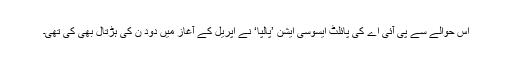
اس حوالے سے پی آئی اے کی پائلٹ ایسوسی ایشن ’پالپا‘ نے اپریل کے آغاز میں دود ن کی ہڑتال بھی کی تھی۔